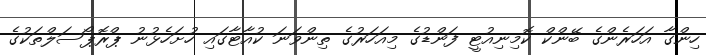
ހިންގާ އަހަރެންގެ ބޭންކް ކޮމިނިއުޓީ ފަންޑުގެ މިއަހަރުގެ ތިންވަނަ ކުއާޓާގައި ހުށަހެޅުނު ޕްރޮޕޯސަލްތަކުގެ